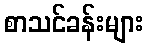
စာသင်ခန်းများ